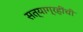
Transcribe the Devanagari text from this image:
सत्याग्रहींची